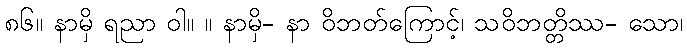
၈၆။ နာမှိ ရညာ ဝါ။ ။ နာမှိ- နာ ဝိဘတ်ကြောင့်၊ သဝိဘတ္တိဿ- သော၊